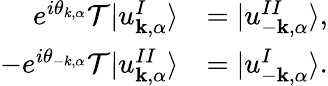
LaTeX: \begin{array}{rl}{e^{i\theta_{k,\alpha}}\mathcal{T}|u_{\mathbf{k},\alpha}^{I}\rangle}&{=|u_{-\mathbf{k},\alpha}^{II}\rangle,}\\ {-e^{i\theta_{-k,\alpha}}\mathcal{T}|u_{\mathbf{k},\alpha}^{II}\rangle}&{=|u_{-\mathbf{k},\alpha}^{I}\rangle.}\end{array}